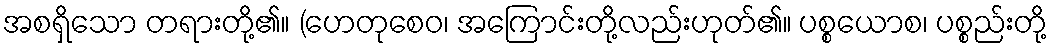
အစရှိသော တရားတို့၏။ (ဟေတုစေဝ၊ အကြောင်းတို့လည်းဟုတ်၏။ ပစ္စယောစ၊ ပစ္စည်းတို့